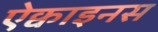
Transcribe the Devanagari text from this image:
ऐक्वाइनस